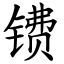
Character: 镄